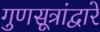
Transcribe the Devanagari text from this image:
गुणसूत्रांद्वारे